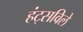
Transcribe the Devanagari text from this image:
हंट्सविले